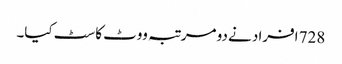
728 افراد نے دو مرتبہ ووٹ کاسٹ کیا۔